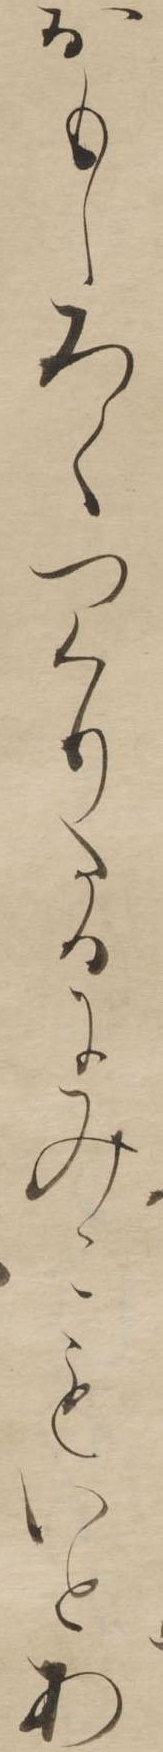
おもしろくつくりたるにみこもいとあ